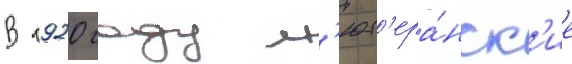
В 1920 году л'ют'ера́нск'ие